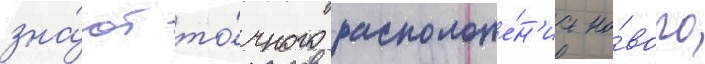
зна́ют то́чного расположе́н'иа но́вого